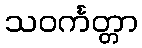
သဝင်္ကတ္တာ